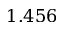
1 . 4 5 6